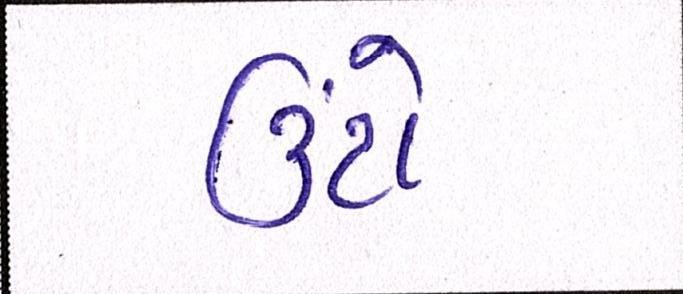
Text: ઉંટો